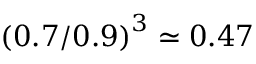
\left( 0 . 7 / 0 . 9 \right) ^ { 3 } \simeq 0 . 4 7